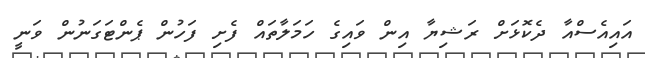
އައިއެސްއާ ދެކޮޅަށް ރަޝިޔާ އިން ވައިގެ ހަމަލާތަައް ފެށި ފަހުން ޕެންޓަގަނުން ވަނީ